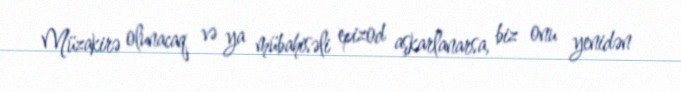
Müzakirə olunacaq və ya mübahisəli epizod aşkarlanarsa, biz onu yenidən